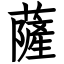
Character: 薩